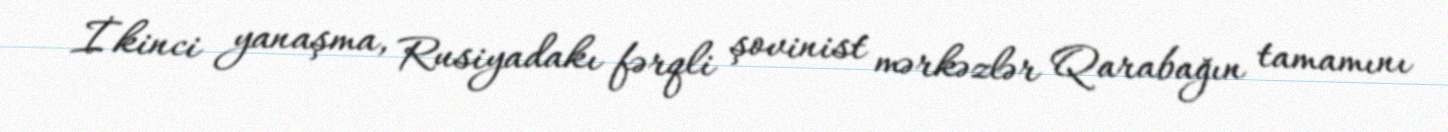
İkinci yanaşma, Rusiyadakı fərqli şovinist mərkəzlər Qarabağın tamamını